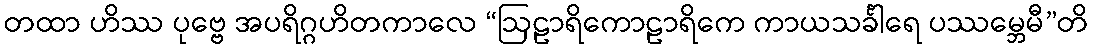
တထာ ဟိဿ ပုဗ္ဗေ အပရိဂ္ဂဟိတကာလေ “ဩဠာရိကောဠာရိကေ ကာယသင်္ခါရေ ပဿမ္ဘေမီ”တိ